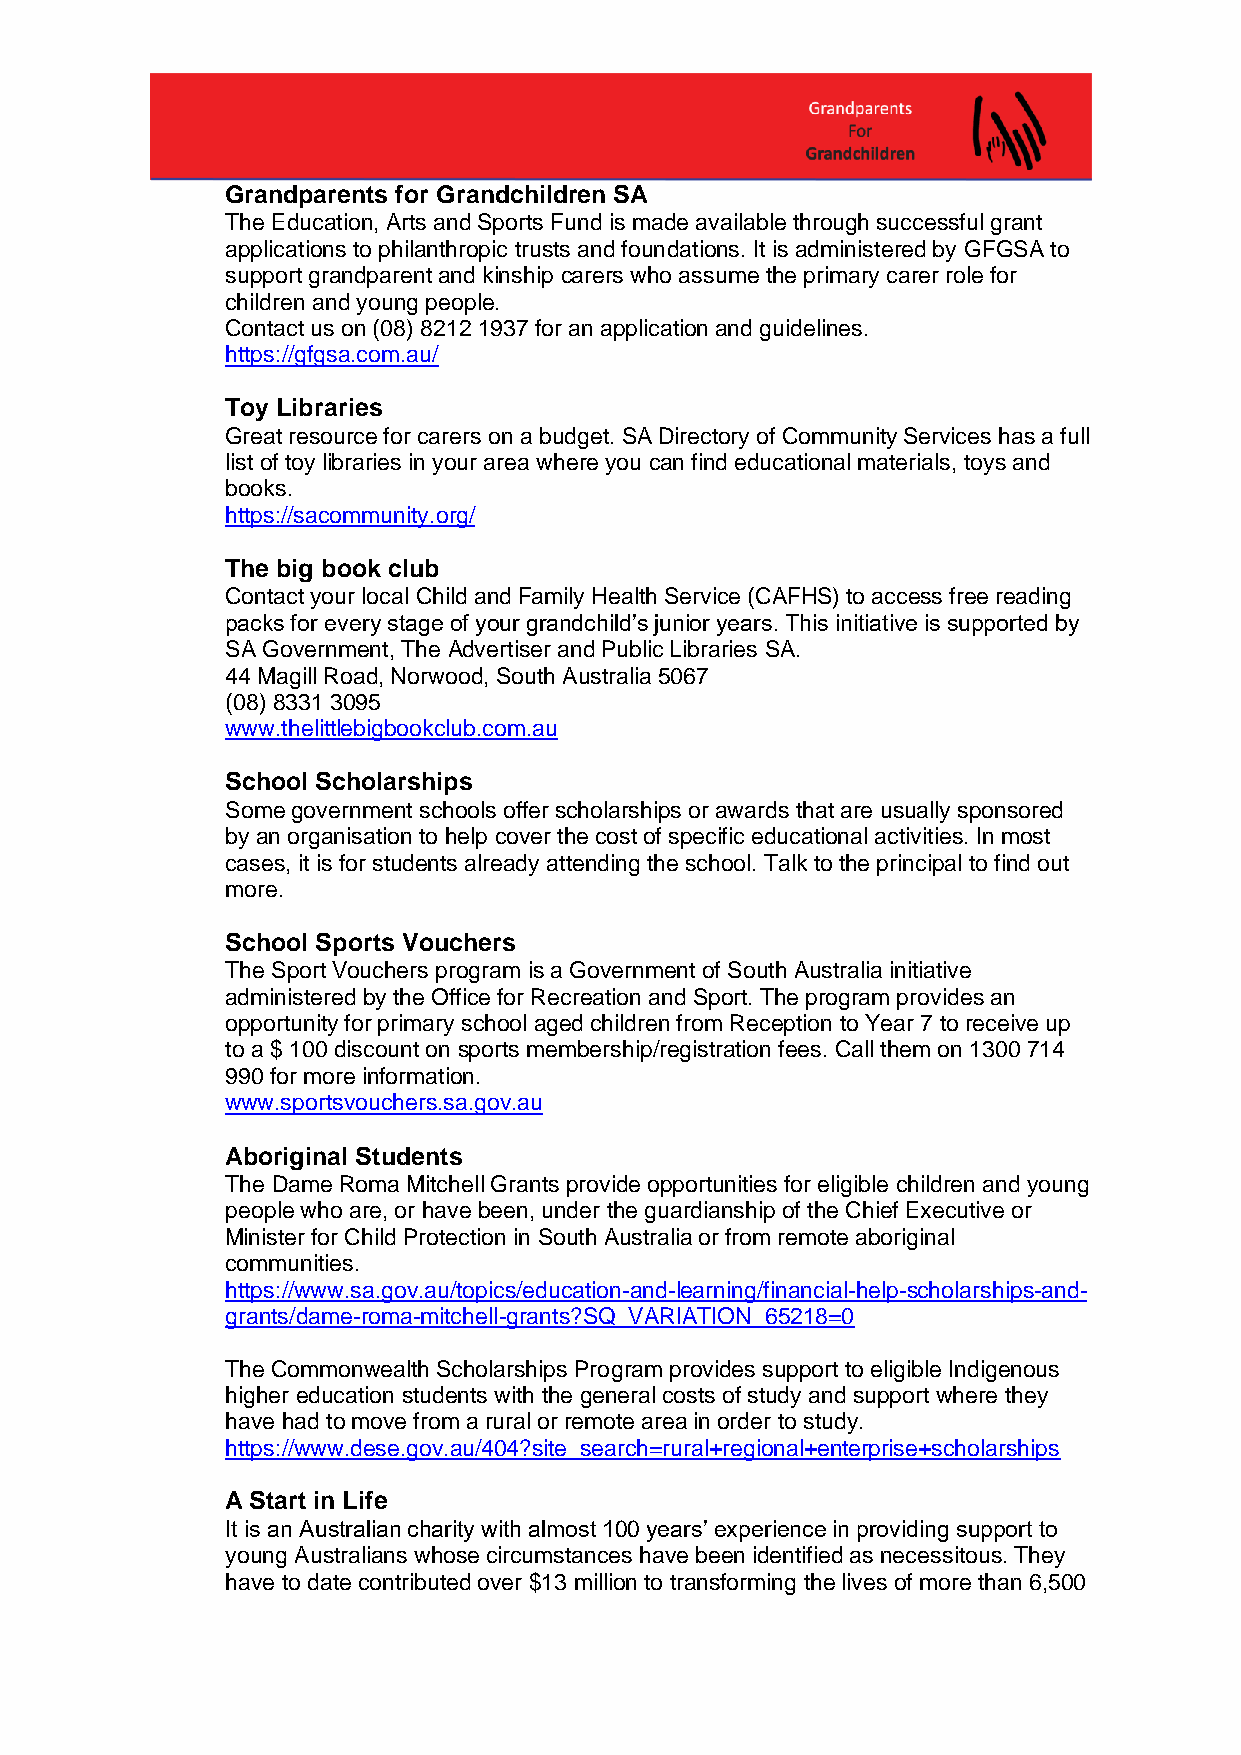
Grandparents for Grandchildren SA
 The Education, Arts and Sports Fund is made available through successful grant
 applications to philanthropic trusts and foundations. It is administered by GFGSA to
 support grandparent and kinship carers who assume the primary carer role for
 children and young people.
 Contact us on (08) 8212 1937 for an application and guidelines.
 https://gfgsa.com.au/
 Toy Libraries
 Great resource for carers on a budget. SA Directory of Community Services has a full
 list of toy libraries in your area where you can find educational materials, toys and
 books.
 https://sacommunity.org/
 The big book club
 Contact your local Child and Family Health Service (CAFHS) to access free reading
 packs for every stage of your grandchild’s junior years. This initiative is supported by
 SA Government, The Advertiser and Public Libraries SA.
 44 Magill Road, Norwood, South Australia 5067
 (08) 8331 3095
 www.thelittlebigbookclub.com.au
 School Scholarships
 Some government schools offer scholarships or awards that are usually sponsored
 by an organisation to help cover the cost of specific educational activities. In most
 cases, it is for students already attending the school. Talk to the principal to find out
 more.
 School Sports Vouchers
 The Sport Vouchers program is a Government of South Australia initiative
 administered by the Office for Recreation and Sport. The program provides an
 opportunity for primary school aged children from Reception to Year 7 to receive up
 to a $ 100 discount on sports membership/registration fees. Call them on 1300 714
 990 for more information.
 www.sportsvouchers.sa.gov.au
 Aboriginal Students
 The Dame Roma Mitchell Grants provide opportunities for eligible children and young
 people who are, or have been, under the guardianship of the Chief Executive or
 Minister for Child Protection in South Australia or from remote aboriginal
 communities.
 https://www.sa.gov.au/topics/education-and-learning/financial-help-scholarships-and-
 grants/dame-roma-mitchell-grants?SQ_VARIATION_65218=0
 The Commonwealth Scholarships Program provides support to eligible Indigenous
 higher education students with the general costs of study and support where they
 have had to move from a rural or remote area in order to study.
 https://www.dese.gov.au/404?site_search=rural+regional+enterprise+scholarships
 A Start in Life
 It is an Australian charity with almost 100 years’ experience in providing support to
 young Australians whose circumstances have been identified as necessitous. They
 have to date contributed over $13 million to transforming the lives of more than 6,500